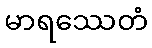
မာရဿေတံ